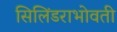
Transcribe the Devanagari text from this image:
सिलिंडराभोवती